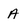
Character: A